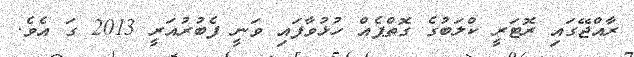
ރާއްޖޭގައި ރޮޓަރީ ކްލަބުގެ ގޮތްޕެއް ހުޅުވާފައި ވަނީ ފެބުރުއަރީ 2013 ގަ އެވެ.